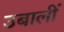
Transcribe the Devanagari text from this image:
उबालीं